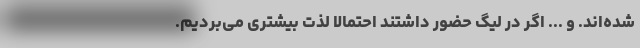
شده‌اند. و ... اگر در لیگ حضور داشتند احتمالاً لذت بیشتری می‌بردیم.